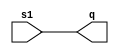
`timescale 1ns / 1ps

module led(s1, q);
	input  wire s1;
	output wire q;
	
	assign q = s1;
endmodule